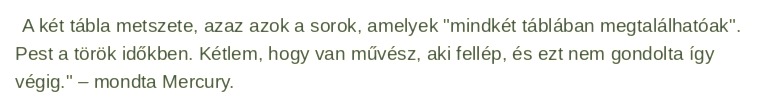
A két tábla metszete, azaz azok a sorok, amelyek "mindkét táblában megtalálhatóak". Pest a török időkben. Kétlem, hogy van művész, aki fellép, és ezt nem gondolta így végig." – mondta Mercury.